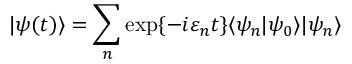
\vert \psi ( t ) \rangle = \sum _ { n } \exp \{ - i \varepsilon _ { n } t \} \langle \psi _ { n } \vert \psi _ { 0 } \rangle \vert \psi _ { n } \rangle